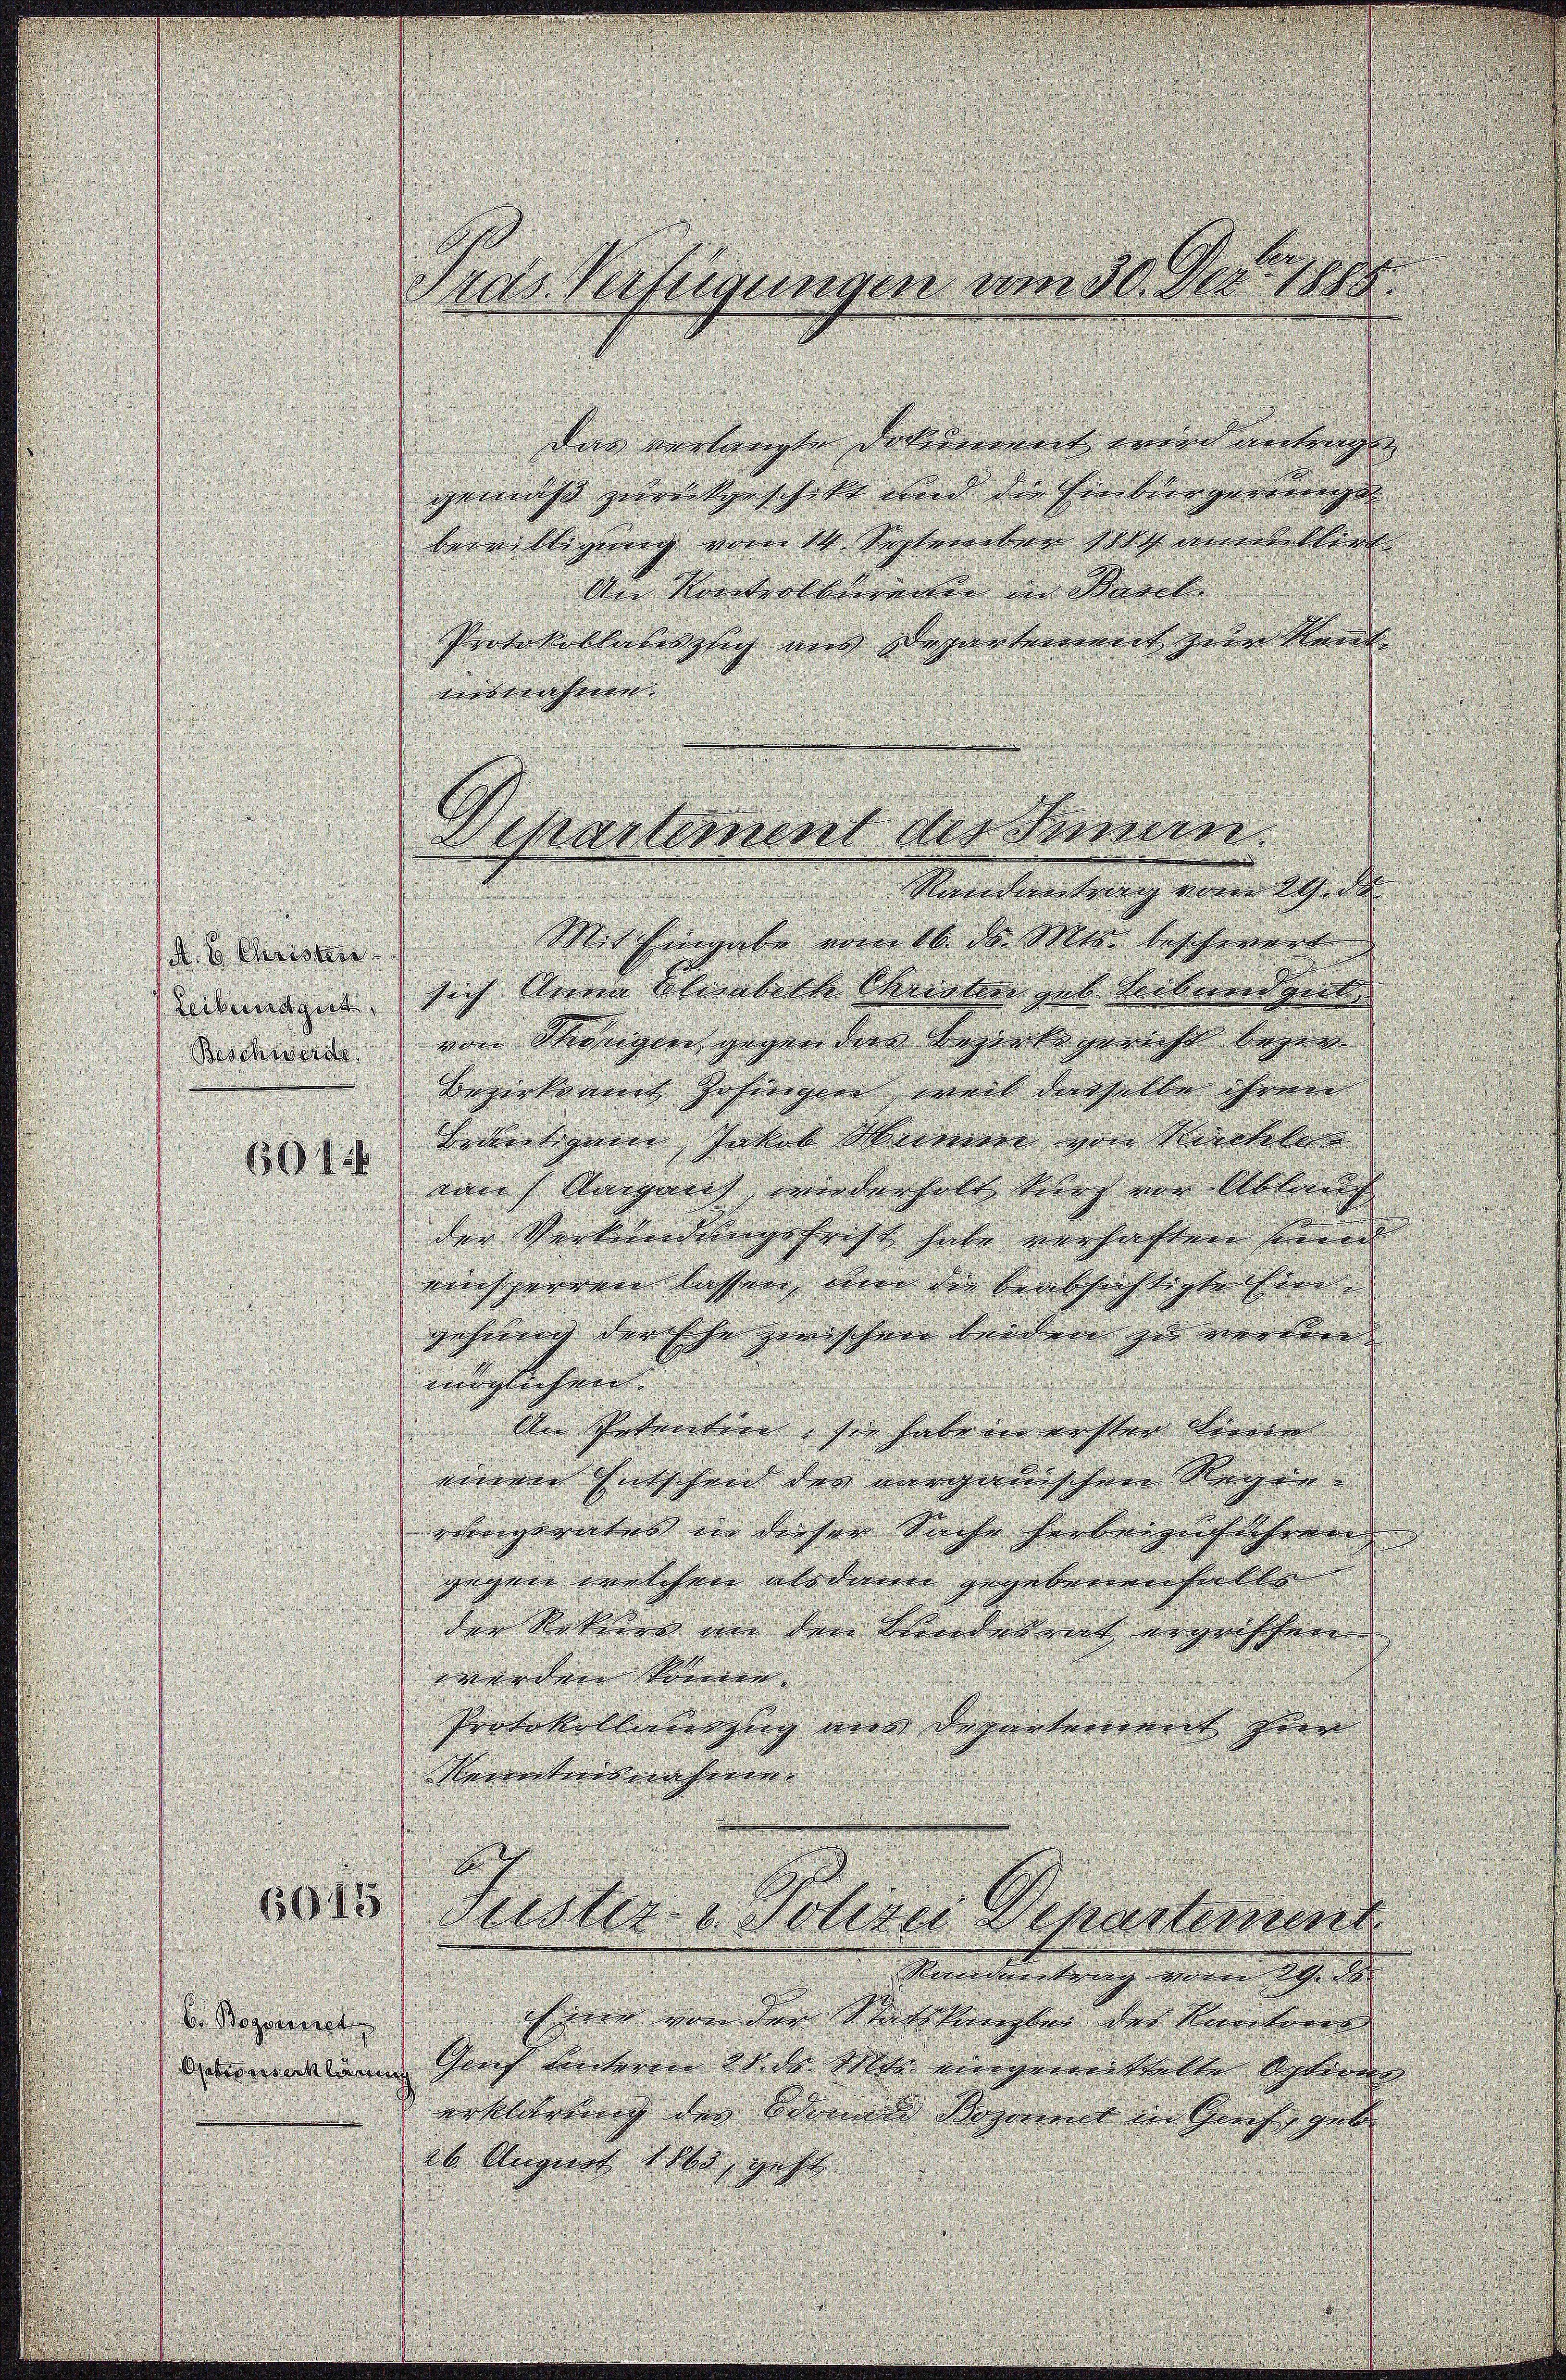
das verlangte Dokument wird miteigen
gemäß zurückgeschickt und die hie bürgerungen
bewilligung vom 14. September 1889 annes biet
Um Norderlbirende in Basel.
Protokollanstig aus Departement zum Kant
verbericheren. |
Nandantrag vom 29. d.
Mit Eingabe vom 16. ds. Mts. beschwert
sich Sara Steinbette Christern zur Seiterredzeit
dderen von Köngen gegen dem Bezirksgericht begin
Bezirksamt Johiepern, weil derselbe ihrem |
Beseitigen, Jakob Meinerer von Vierteln |
nn / Ungaris, wiederhalt kurz vor Abbruch
der Verkündungsfrist habe verhaften sind
neichgerren lassen wir die beabsichtigteister. |
gehörung der sehr gewischen beidere zu werden. |
möglichen
Im Petentin, sie habe in erster hieren |
einen Entscheid der vorgelischen Regen.
eigeratus in dieser Sache herbeigenslehreren
gegen welchen als dann zugebenenfalls |
der Rekurs in den Kindesrat ergriffen
worden könnern |
Protokollauszug aus Departement zum
Nenntnisnahmen
A
6915
suster u. Hohen Departement
Nanetentirung einen Gene
hiner von der Stattklingter des Kantoren
V. Begerich
Aeminalung durch unteren Was sehr eingereittelte Osten
erklärung der Odenen Begonnet in Greif geb
26 August 1863, geste

A. H. Christen.
Leibendgert
6014

Gras Verfügungen vom 30. Dez. 1888.

Departement des Innern.